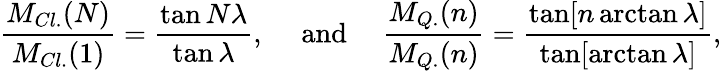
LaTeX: {\frac{M_{Cl.}(N)}{M_{Cl.}(1)}}=\displaystyle{{\frac{\tan N\lambda}{\tan\lambda}}},\ \ \ \ \ \mathrm{and}\ \ \ \ \ {\frac{M_{Q.}(n)}{M_{Q.}(n)}}=\displaystyle{{\frac{\tan[n\arctan\lambda]}{\tan[\arctan\lambda]}}},